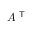
A ^ { \textsf { T } }